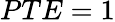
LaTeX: PTE=1